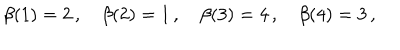
\beta ( 1 ) = 2 \, , \quad \beta ( 2 ) = 1 \, , \quad \beta ( 3 ) = 4 \, , \quad \beta ( 4 ) = 3 \, ,